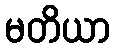
မတိယာ